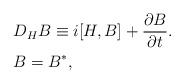
LaTeX: \begin{align*}&D_H B\equiv i[H,B]+\frac{\partial B}{\partial t}.\\&B=B^*,\end{align*}